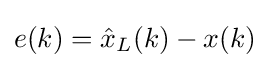
e(k)={\hat {x}}_{L}(k)-x(k)